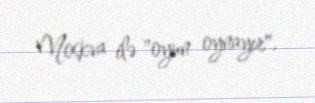
Moskva ilə "oyun oynayır".